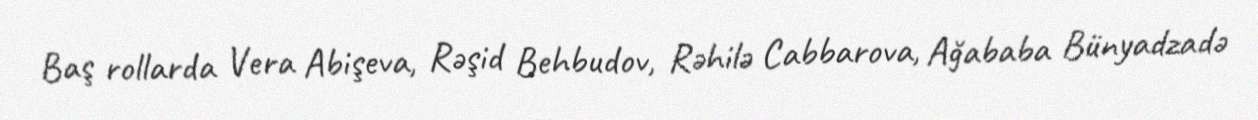
Baş rollarda Vera Abişeva, Rəşid Behbudov, Rəhilə Cabbarova, Ağababa Bünyadzadə